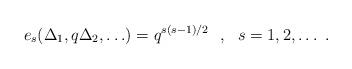
LaTeX: \begin{align*}e_s(\Delta _1,q\Delta _2,\ldots )=q^{s(s-1)/2}~~,~~s=1,2,\ldots ~.\end{align*}